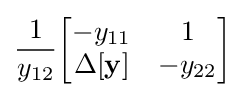
{\frac {1}{y_{12}}}{\begin{bmatrix}-y_{11}&1\\\Delta \mathbf {[y]} &-y_{22}\end{bmatrix}}